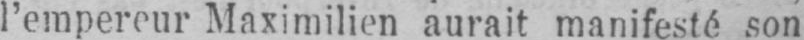
l’empereur Maximilien aurait manifesté son